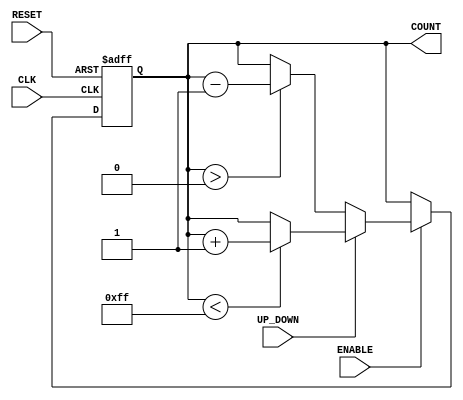
module UpDownCounter (
    input wire CLK,           // Clock input
    input wire RESET,         // Asynchronous reset
    input wire ENABLE,        // Count enable
    input wire UP_DOWN,       // Count direction control (1 = up, 0 = down)
    output reg [7:0] COUNT    // Current count value (8-bit for example)
);

    // Define maximum and minimum count values
    parameter MAX_COUNT = 8'd255; // Maximum count value
    parameter MIN_COUNT = 8'd0;    // Minimum count value

    // Asynchronous reset and counting logic
    always @(posedge CLK or posedge RESET) begin
        if (RESET) begin
            COUNT <= MIN_COUNT; // Reset the count to MIN_COUNT
        end else if (ENABLE) begin
            if (UP_DOWN) begin
                // Count up
                if (COUNT < MAX_COUNT) begin
                    COUNT <= COUNT + 1;
                end
            end else begin
                // Count down
                if (COUNT > MIN_COUNT) begin
                    COUNT <= COUNT - 1;
                end
            end
        end
    end

endmodule